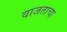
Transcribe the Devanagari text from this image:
वाजताचा